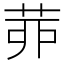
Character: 𦯄